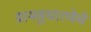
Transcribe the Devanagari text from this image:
ग्रामसुधारणेचे